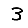
Digit: 3